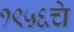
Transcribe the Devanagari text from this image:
१९५६चे